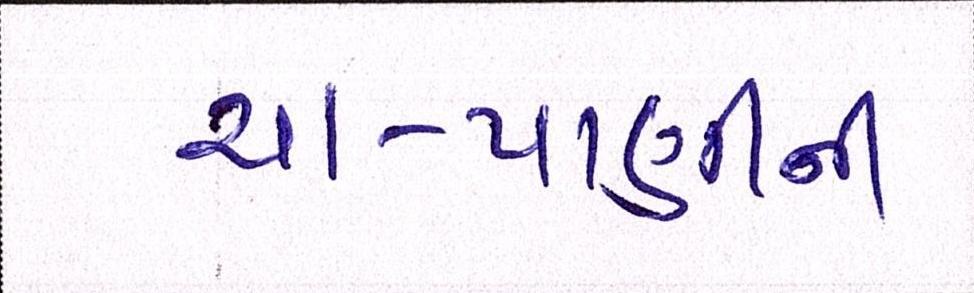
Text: ચા-પાણીની